Leucocytozoon canis - Number 26
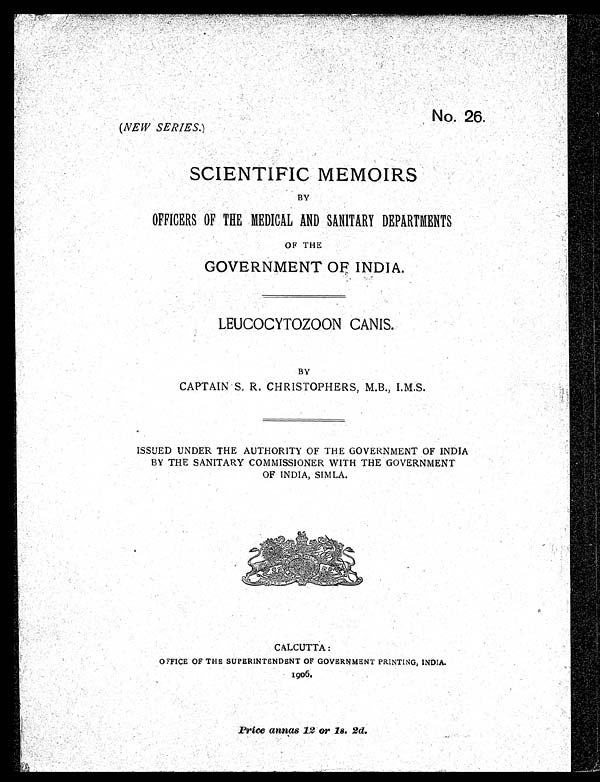
No. 26.
(NEW SERIES. )
SCIENTIFIC MEMOIRS
BY
OFFICERS OF THE MEDICAL AND SANITARY DEPARTMENTS
OF THE
GOVERNMENT OF INDIA.
LEUCOCYTOZOON CANIS.
BY
CAPTAIN S. R. CHRISTOPHERS, M.B., I.M.S.
ISSUED UNDER THE AUTHORITY OF THE GOVERNMENT OF INDIA
BY THE SANITARY COMMISSIONER WITH THE GOVERNMENT
OF INDIA, SIMLA.
CALCUTTA:
OFFICE OF THE SUPERINTENDENT OF GOVERNMENT PRINTING, INDIA.
1906.
Price annas 12 or 1s. 2d.